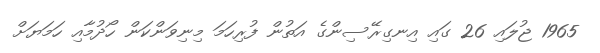
1965 ޖުލައި 26 ގައި އިނގިރޭސިންގެ އަތުން ފުރިހަމަ މިނިވަންކަން ހޯދުމާއި ހަމަޔަށް